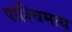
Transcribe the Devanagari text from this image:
पाश्चिमत्य